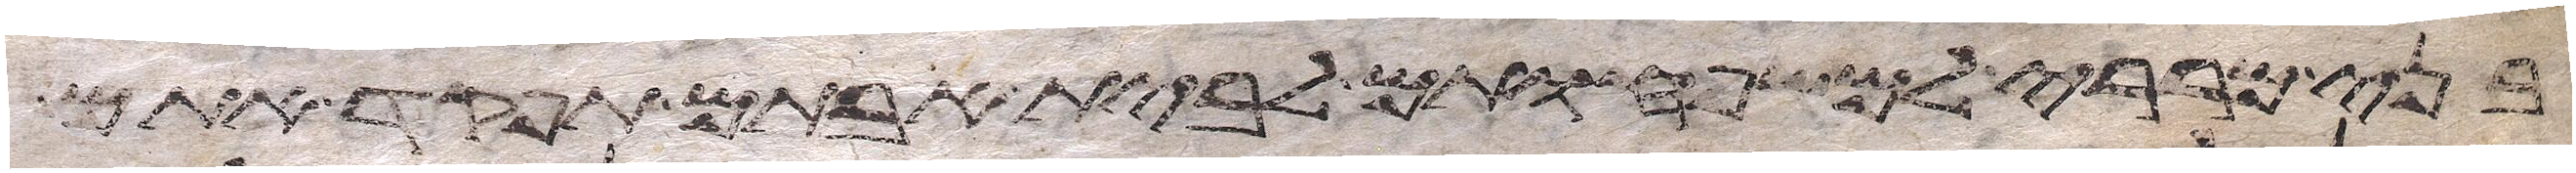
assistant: בני מררי למשפחותם לבית אבותם תפקד אתם